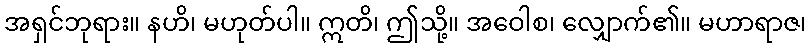
အရှင်ဘုရား။ နဟိ၊ မဟုတ်ပါ။ ဣတိ၊ ဤသို့။ အဝေါစ၊ လျှောက်၏။ မဟာရာဇ၊